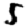
Digit: 5